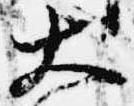
大